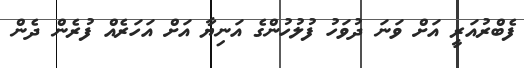
ފެބްރުއަރީ އަށް ވަނަ ދުވަހު ފުލުހުންގެ އަނިޔާ އަށް އަހަރެއް ފުރެން ދެން